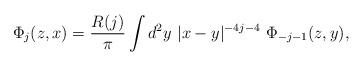
LaTeX: \begin{align*}\Phi_{j}(z,x) = {\frac{R(j)}{\pi}} \int d^2 y ~ |x-y|^{-4j-4} ~\Phi_{-j-1}(z,y) , \end{align*}